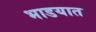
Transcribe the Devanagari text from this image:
भाडयात